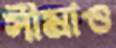
সীমাও